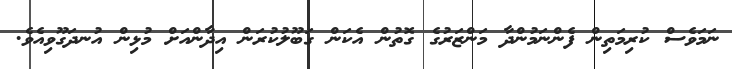
ނަމަވެސް ކުރިމަތިން ފެންނަމުންދާ މަންޒަރުގެ ގޮތުން އެކަން ގަބޫލުކުރަން އިދާންއަށް މުޅިން އުނދަގޫވިއެވެ.